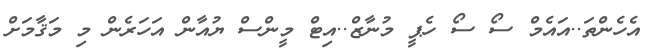
އެހެންތަ..އައެމް ސޯ ސޯ ހެޕީ މުނާޒް..އިޓް މީންސް ޔުއާން އަހަރެން މި މަޤާމަށް